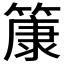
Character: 𫂞